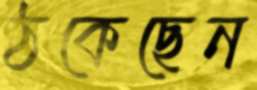
ঠকেছেন